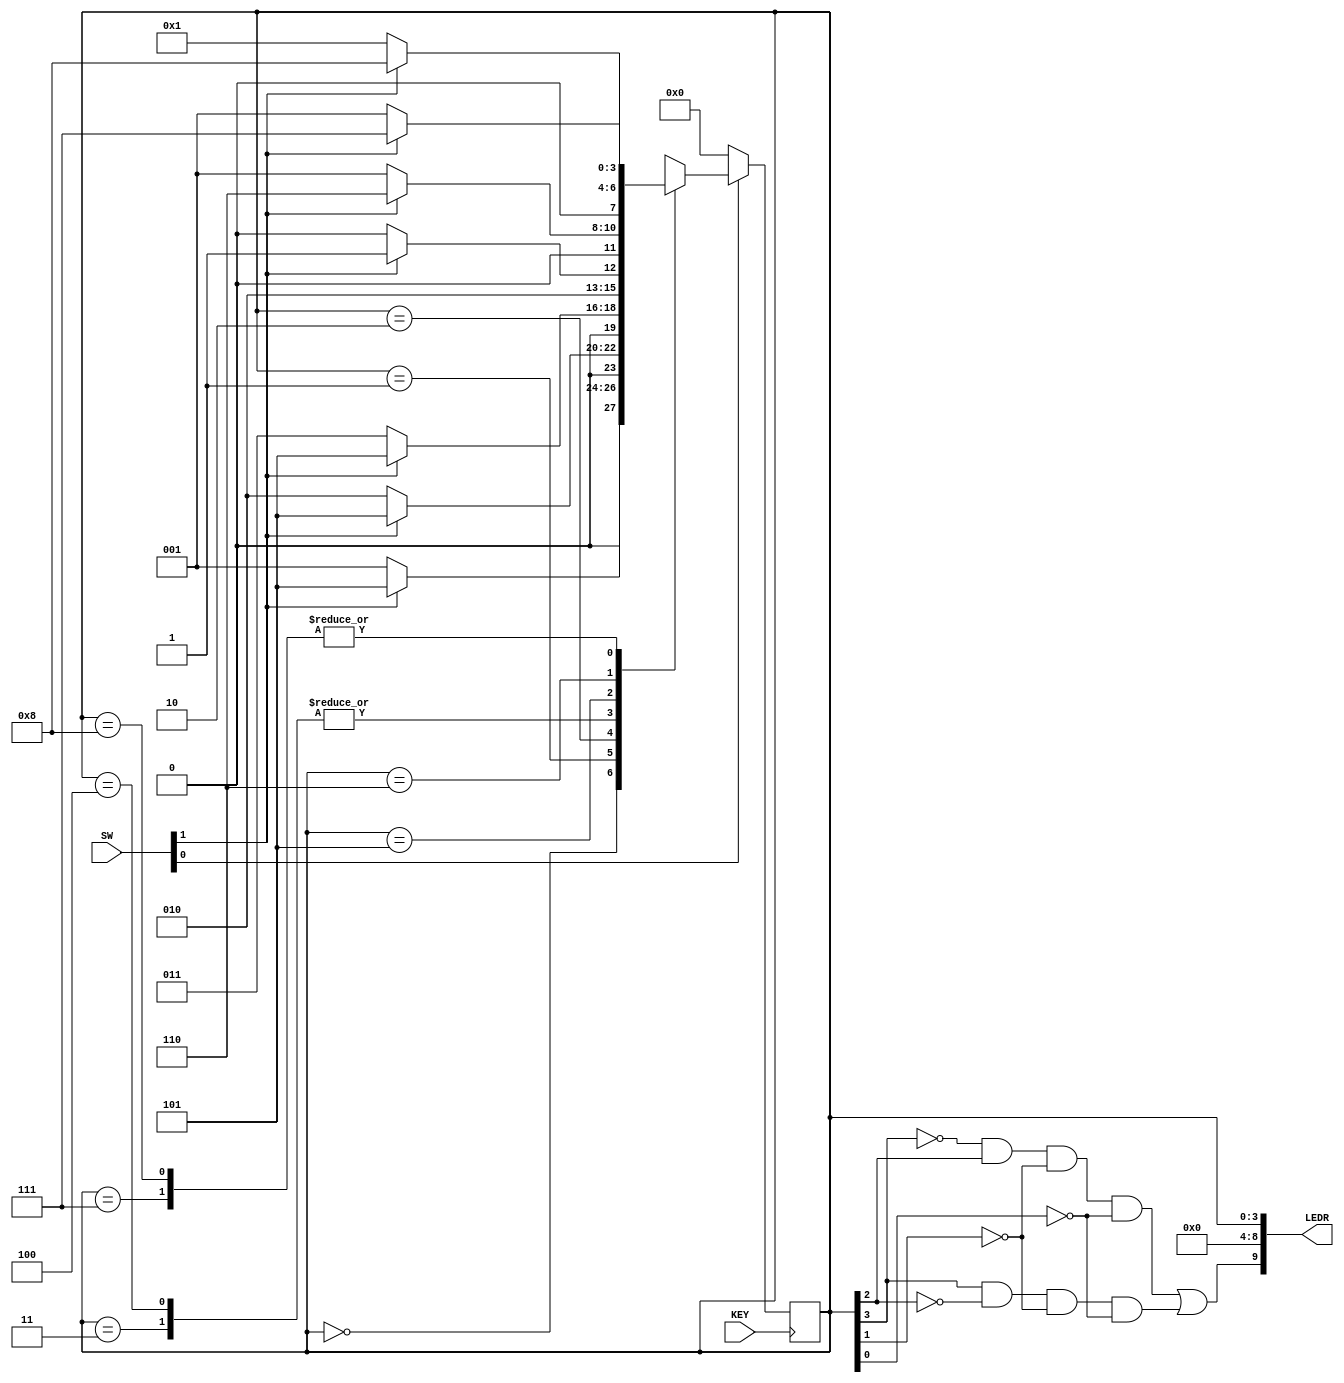
module part2 (input [1:0]SW, input [0:0]KEY, output [9:0] LEDR);
	reg [3:0] current, next; 
	parameter 	A = 4'b0000, B = 4'b0001, C = 4'b0010, D = 4'b0011, E = 4'b0100,
					F = 4'b0101, G = 4'b0110, H = 4'b0111, I = 4'b1000;
	wire w;
	assign w = SW[1];

	always @(w, current)
	begin: state_table
		case (current)
			A: if (w) next = F;
				else next = B;
			B: if (w) next = F;
				else next = C;
			C: if (w) next = F;
				else next = D;
			D: if (w) next = F;
				else next = E;
			E: if (w) next = F;
				else next = E;
			F: if (w) next = G;
				else next = B;
			G: if (w) next = H;
				else next = B;
			H: if (w) next = I;
				else next = B;
			I: if (w) next = I;
				else next = B;
			default: next = 4'bxxxx;
		endcase
	end
	
	always @(posedge KEY[0])
	begin: state_FFs
		if (~SW[0])
			current <= A;
		else
			current <= next;
	end 
	
	assign LEDR[9] = (~current[3] & current[2] & ~current[1] & ~current[0]) | 
							(current[3] & ~current[2] & ~current[1] & ~current[0]);
	assign LEDR[3:0] = current;
	assign LEDR[8:4] = 5'b00000;
endmodule